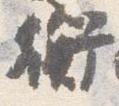
衡